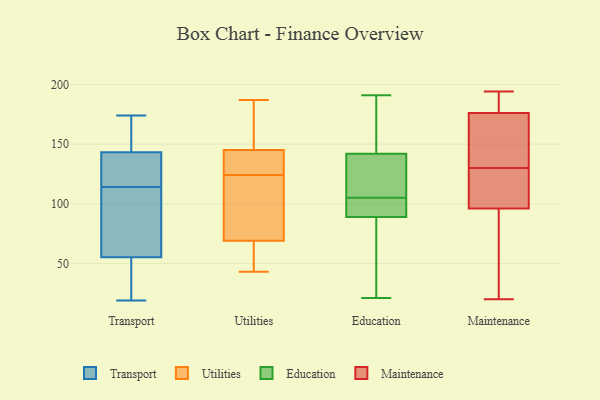
{"axis": {"x": "Population (Million)", "y": "Value"}, "legend": ["Education", "Maintenance", "Transport", "Utilities"], "data": [{"x": "", "y": 141, "type": "Transport"}, {"x": "", "y": 114, "type": "Transport"}, {"x": "", "y": 139, "type": "Transport"}, {"x": "", "y": 157, "type": "Transport"}, {"x": "", "y": 174, "type": "Transport"}, {"x": "", "y": 19, "type": "Transport"}, {"x": "", "y": 25, "type": "Transport"}, {"x": "", "y": 65, "type": "Transport"}, {"x": "", "y": 52, "type": "Transport"}, {"x": "", "y": 144, "type": "Transport"}, {"x": "", "y": 109, "type": "Transport"}, {"x": "", "y": 130, "type": "Utilities"}, {"x": "", "y": 53, "type": "Utilities"}, {"x": "", "y": 118, "type": "Utilities"}, {"x": "", "y": 150, "type": "Utilities"}, {"x": "", "y": 94, "type": "Utilities"}, {"x": "", "y": 85, "type": "Utilities"}, {"x": "", "y": 43, "type": "Utilities"}, {"x": "", "y": 176, "type": "Utilities"}, {"x": "", "y": 51, "type": "Utilities"}, {"x": "", "y": 137, "type": "Utilities"}, {"x": "", "y": 187, "type": "Utilities"}, {"x": "", "y": 140, "type": "Utilities"}, {"x": "", "y": 126, "type": "Education"}, {"x": "", "y": 140, "type": "Education"}, {"x": "", "y": 63, "type": "Education"}, {"x": "", "y": 108, "type": "Education"}, {"x": "", "y": 157, "type": "Education"}, {"x": "", "y": 21, "type": "Education"}, {"x": "", "y": 148, "type": "Education"}, {"x": "", "y": 102, "type": "Education"}, {"x": "", "y": 191, "type": "Education"}, {"x": "", "y": 96, "type": "Education"}, {"x": "", "y": 93, "type": "Education"}, {"x": "", "y": 142, "type": "Education"}, {"x": "", "y": 57, "type": "Education"}, {"x": "", "y": 89, "type": "Education"}, {"x": "", "y": 96, "type": "Maintenance"}, {"x": "", "y": 102, "type": "Maintenance"}, {"x": "", "y": 20, "type": "Maintenance"}, {"x": "", "y": 53, "type": "Maintenance"}, {"x": "", "y": 130, "type": "Maintenance"}, {"x": "", "y": 179, "type": "Maintenance"}, {"x": "", "y": 113, "type": "Maintenance"}, {"x": "", "y": 138, "type": "Maintenance"}, {"x": "", "y": 176, "type": "Maintenance"}, {"x": "", "y": 157, "type": "Maintenance"}, {"x": "", "y": 130, "type": "Maintenance"}, {"x": "", "y": 178, "type": "Maintenance"}, {"x": "", "y": 181, "type": "Maintenance"}, {"x": "", "y": 36, "type": "Maintenance"}, {"x": "", "y": 150, "type": "Maintenance"}, {"x": "", "y": 194, "type": "Maintenance"}, {"x": "", "y": 96, "type": "Maintenance"}, {"x": "", "y": 39, "type": "Maintenance"}]}